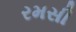
રમસી